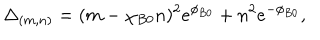
\Delta _ { ( m , n ) } = ( m - \chi _ { B 0 } n ) ^ { 2 } e ^ { \phi _ { B 0 } } + n ^ { 2 } e ^ { - \phi _ { B 0 } } ,